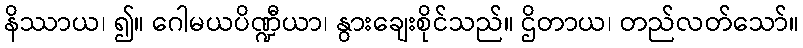
နိဿာယ၊ ၍။ ဂေါမယပိဏ္ဍီယာ၊ နွားချေးစိုင်သည်။ ဌိတာယ၊ တည်လတ်သော်။